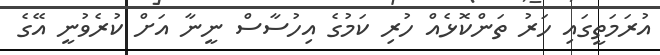
އުރަމަތީގައި ހަރު ތަންކޮޅެއް ހުރި ކަމުގެ އިހުސާސް ނީނާ އަށް ކުރެވުނީ އޭގެ